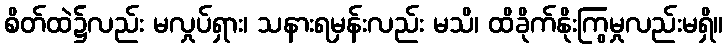
စိတ်ထဲ၌လည်း မလှုပ်ရှား၊ သနားရမှန်းလည်း မသိ၊ ထိခိုက်နိုးကြွမှုလည်းမရှိ။